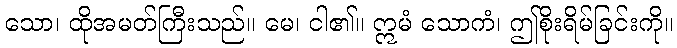
သော၊ ထိုအမတ်ကြီးသည်။ မေ၊ ငါ၏။ ဣမံ သောကံ၊ ဤစိုးရိမ်ခြင်းကို။